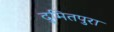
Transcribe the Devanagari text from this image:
दुमितपुरा